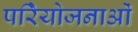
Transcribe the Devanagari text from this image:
परिेयोजनाओं